Report of the Bombay Plague Committee
Disease focus: Plague
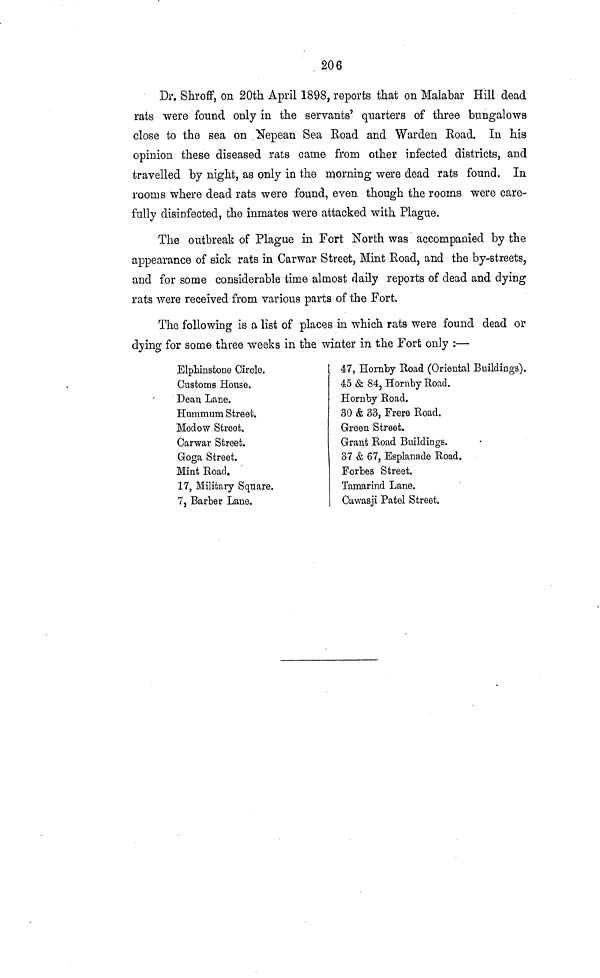
206
Dr. Shroff, on 20th April 1898, reports that on Malabar Hill dead
rats were found only in the servants' quarters of three bungalows
close to the sea on Nepean Sea Eoad and Warden Road. In his
opinion these diseased rats came from other infected districts, and
travelled by night, as only in the morning were dead rats found. In
rooms where dead rats were found, even though the rooms were care-
fully disinfected, the inmates were attacked with Plague.
The outbreak of Plague in Fort North was accompanied by the
appearance of sick rats in Carwar Street, Mint Road, and the by-streets,
and for some considerable time almost daily reports of dead and dying
rats were received from various parts of the Fort.
The following is a list of places in which rats were found dead or
dying for some three weeks in the winter in the Fort only :—
Elphinstone Circle.
Customs House.
Dean Lane.
Hummum Street.
Medow Street.
Carwar Street.
Goga Street.
Mint Koad.
17, Military Square.
7, Barber Lane.
47, Hornby Road (Oriental Buildings).
45 & 84, Hornby Road.
Hornby Road.
30 & 33, Frere Road.
Green Street.
Grant Road Buildings.
37 & 67, Esplanade Road.
Forbes Street.
Tamarind Lane.
Cawasji Patel Street.